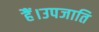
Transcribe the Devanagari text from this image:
हैं।उपजाति